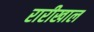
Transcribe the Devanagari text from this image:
रारीखाल